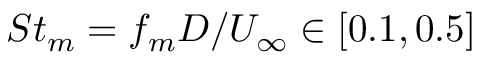
S t _ { m } = f _ { m } D / U _ { \infty } \in [ 0 . 1 , 0 . 5 ]